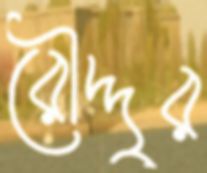
রৌদ্দুর